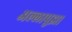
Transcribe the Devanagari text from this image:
अल्लापुझा